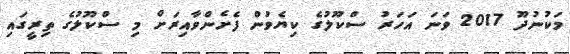
މަކުނުދޫ 2017 ވަނަ އަހަރު ސްކޫލުގެ ކިޔެވުން ފެށެންވާއިރަށް މި ސްކޫލުގެ ތިރީގައި